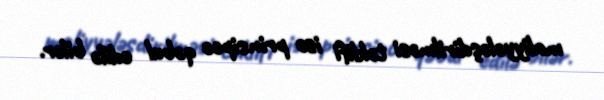
maliyyələşdirilməsi təklifi isə prinsipcə qəbul edilə bilər.